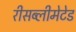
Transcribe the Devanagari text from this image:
रीसब्लीमेटेड